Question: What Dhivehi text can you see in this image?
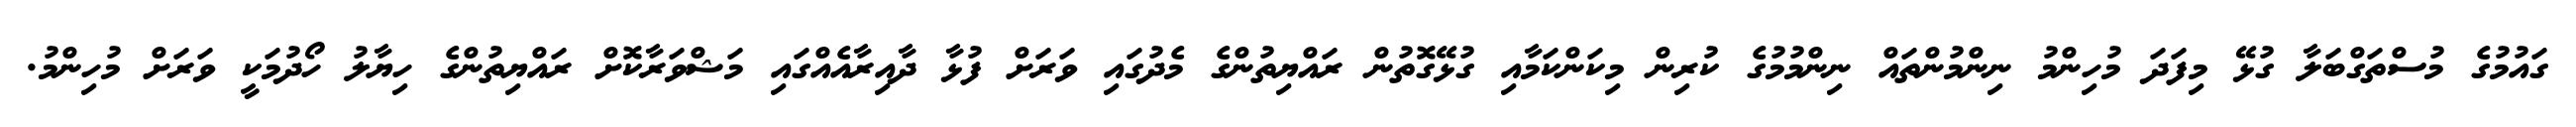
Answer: ގައުމުގެ މުސްތަގްބަލާ ގުޅޭ މިފަދަ މުހިންމު ނިންމުންތައް ނިންމުމުގެ ކުރިން މިކަންކަމާއި ގުޅޭގޮތުން ރައްޔިތުންގެ މެދުގައި ވަރަށް ފުޅާ ދާއިރާއެއްގައި މަޝްވަރާކޮށް ރައްޔިތުންގެ ހިޔާލު ހޯދުމަކީ ވަރަށް މުހިންމު.